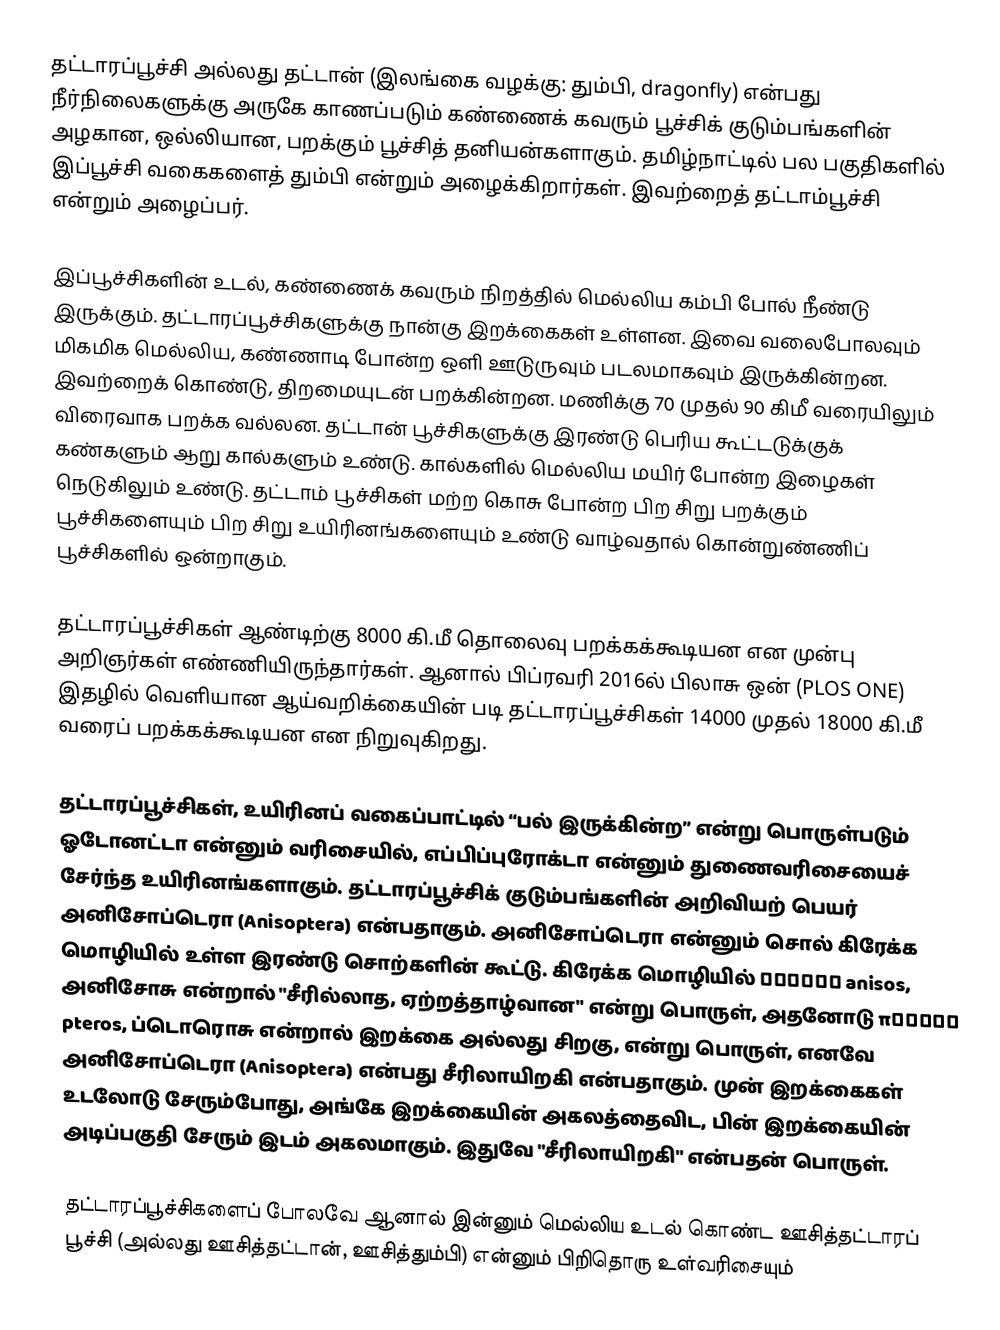
தட்டாரப்பூச்சி அல்லது தட்டான் (இலங்கை வழக்கு: தும்பி, dragonfly) என்பது நீர்நிலைகளுக்கு அருகே காணப்படும் கண்ணைக் கவரும் பூச்சிக் குடும்பங்களின் அழகான, ஒல்லியான, பறக்கும் பூச்சித் தனியன்களாகும். தமிழ்நாட்டில் பல பகுதிகளில் இப்பூச்சி வகைகளைத் தும்பி என்றும் அழைக்கிறார்கள். இவற்றைத் தட்டாம்பூச்சி என்றும் அழைப்பர்.

இப்பூச்சிகளின் உடல், கண்ணைக் கவரும் நிறத்தில் மெல்லிய கம்பி போல் நீண்டு இருக்கும். தட்டாரப்பூச்சிகளுக்கு நான்கு இறக்கைகள் உள்ளன. இவை வலைபோலவும் மிகமிக மெல்லிய, கண்ணாடி போன்ற ஒளி ஊடுருவும் படலமாகவும் இருக்கின்றன. இவற்றைக் கொண்டு, திறமையுடன் பறக்கின்றன. மணிக்கு 70 முதல் 90 கிமீ வரையிலும் விரைவாக பறக்க வல்லன. தட்டான் பூச்சிகளுக்கு இரண்டு பெரிய கூட்டடுக்குக் கண்களும் ஆறு கால்களும் உண்டு. கால்களில் மெல்லிய மயிர் போன்ற இழைகள் நெடுகிலும் உண்டு. தட்டாம் பூச்சிகள் மற்ற கொசு போன்ற பிற சிறு பறக்கும் பூச்சிகளையும் பிற சிறு உயிரினங்களையும் உண்டு வாழ்வதால் கொன்றுண்ணிப் பூச்சிகளில் ஒன்றாகும்.

தட்டாரப்பூச்சிகள் ஆண்டிற்கு 8000 கி.மீ தொலைவு பறக்கக்கூடியன என முன்பு அறிஞர்கள் எண்ணியிருந்தார்கள். ஆனால் பிப்ரவரி 2016ல் பிலாசு ஒன் (PLOS ONE) இதழில் வெளியான ஆய்வறிக்கையின் படி தட்டாரப்பூச்சிகள் 14000 முதல் 18000 கி.மீ வரைப் பறக்கக்கூடியன என நிறுவுகிறது.

தட்டாரப்பூச்சிகள், உயிரினப் வகைப்பாட்டில் “பல் இருக்கின்ற” என்று பொருள்படும் ஓடோனட்டா என்னும் வரிசையில், எப்பிப்புரோக்டா என்னும் துணைவரிசையைச் சேர்ந்த உயிரினங்களாகும். தட்டாரப்பூச்சிக் குடும்பங்களின் அறிவியற் பெயர் அனிசோப்டெரா (Anisoptera) என்பதாகும். அனிசோப்டெரா என்னும் சொல் கிரேக்க மொழியில் உள்ள இரண்டு சொற்களின் கூட்டு. கிரேக்க மொழியில் ανισος anisos, அனிசோசு என்றால் "சீரில்லாத, ஏற்றத்தாழ்வான" என்று பொருள், அதனோடு πτερος pteros, ப்டொரொசு என்றால் இறக்கை அல்லது சிறகு, என்று பொருள், எனவே அனிசோப்டெரா (Anisoptera) என்பது சீரிலாயிறகி என்பதாகும். முன் இறக்கைகள் உடலோடு சேரும்போது, அங்கே இறக்கையின் அகலத்தைவிட, பின் இறக்கையின் அடிப்பகுதி சேரும் இடம் அகலமாகும். இதுவே "சீரிலாயிறகி" என்பதன் பொருள்.

தட்டாரப்பூச்சிகளைப் போலவே ஆனால் இன்னும் மெல்லிய உடல் கொண்ட ஊசித்தட்டாரப் பூச்சி (அல்லது ஊசித்தட்டான், ஊசித்தும்பி) என்னும் பிறிதொரு உள்வரிசையும்